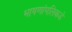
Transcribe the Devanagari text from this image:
भाषणांपलिकडे